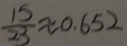
\frac { 1 5 } { 2 3 } \approx 0 . 6 5 2